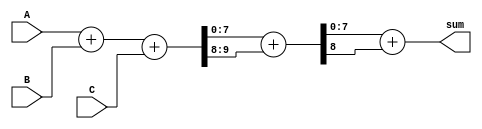
module carry_save_adder (input [7:0] A, input [7:0] B, input [7:0] C, output [7:0] sum);

// Stage 1
wire [7:0] stage1_out;
wire [7:0] c_prop1;

assign {c_prop1, stage1_out} = A + B + C;

// Stage 2
wire [7:0] stage2_out;
wire [7:0] c_prop2;

assign {c_prop2, stage2_out} = stage1_out + c_prop1;

// Final sum output
assign sum = stage2_out + c_prop2;

endmodule